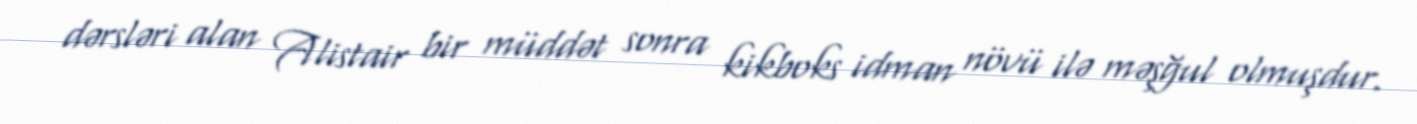
dərsləri alan Alistair bir müddət sonra kikboks idman növü ilə məşğul olmuşdur.